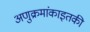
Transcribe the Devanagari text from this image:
अणुक्रमांकाइतकी